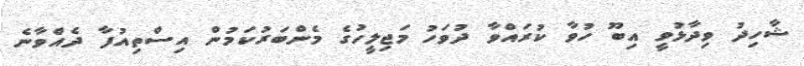
ޝާހިދު ވިދާޅުވީ އިބޫ ހުވާ ކުރައްވާ ދުވަހު މަޖިލީހުގެ މެންބަރުކަމުން އިސްތިއުފާ ދެއްވާނެ